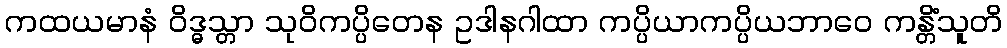
ကထယမာနံ ဝိဒ္ဓသ္တာ သုဝိကပ္ပိတေန ဥဒါနဂါထာ ကပ္ပိယာကပ္ပိယဘာဝေ ကန္တိံသူတိ